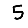
Digit: 5